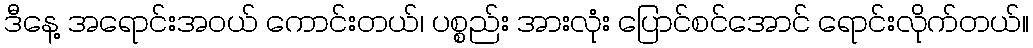
ဒီနေ့ အရောင်းအဝယ် ကောင်းတယ်၊ ပစ္စည်း အားလုံး ပြောင်စင်အောင် ရောင်းလိုက်တယ်။